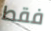
فقط